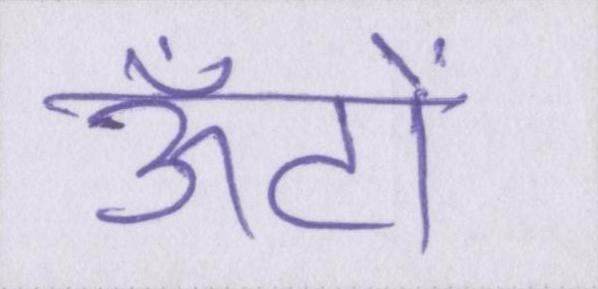
ऊँटों